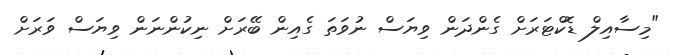
"މިސާއިލް ޑޮކްޓަރަށް ގެންދަން ވިޔަސް ނުވަތަ ގެެއިން ބޭރަށް ނިކުންނަން ވިޔަސް ވަރަށް